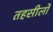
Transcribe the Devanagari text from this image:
तहसीलोँ